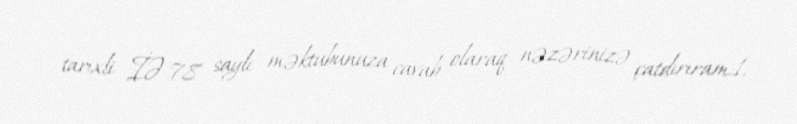
tarixli İƏ-78 saylı məktubunuza cavab olaraq nəzərinizə çatdırıram:1.